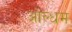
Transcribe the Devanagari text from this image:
ओल्धम